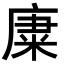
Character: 𥹺